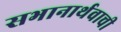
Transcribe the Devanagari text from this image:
सभानार्थवाची